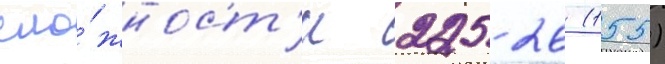
сло́жност'и 225 26 (155)